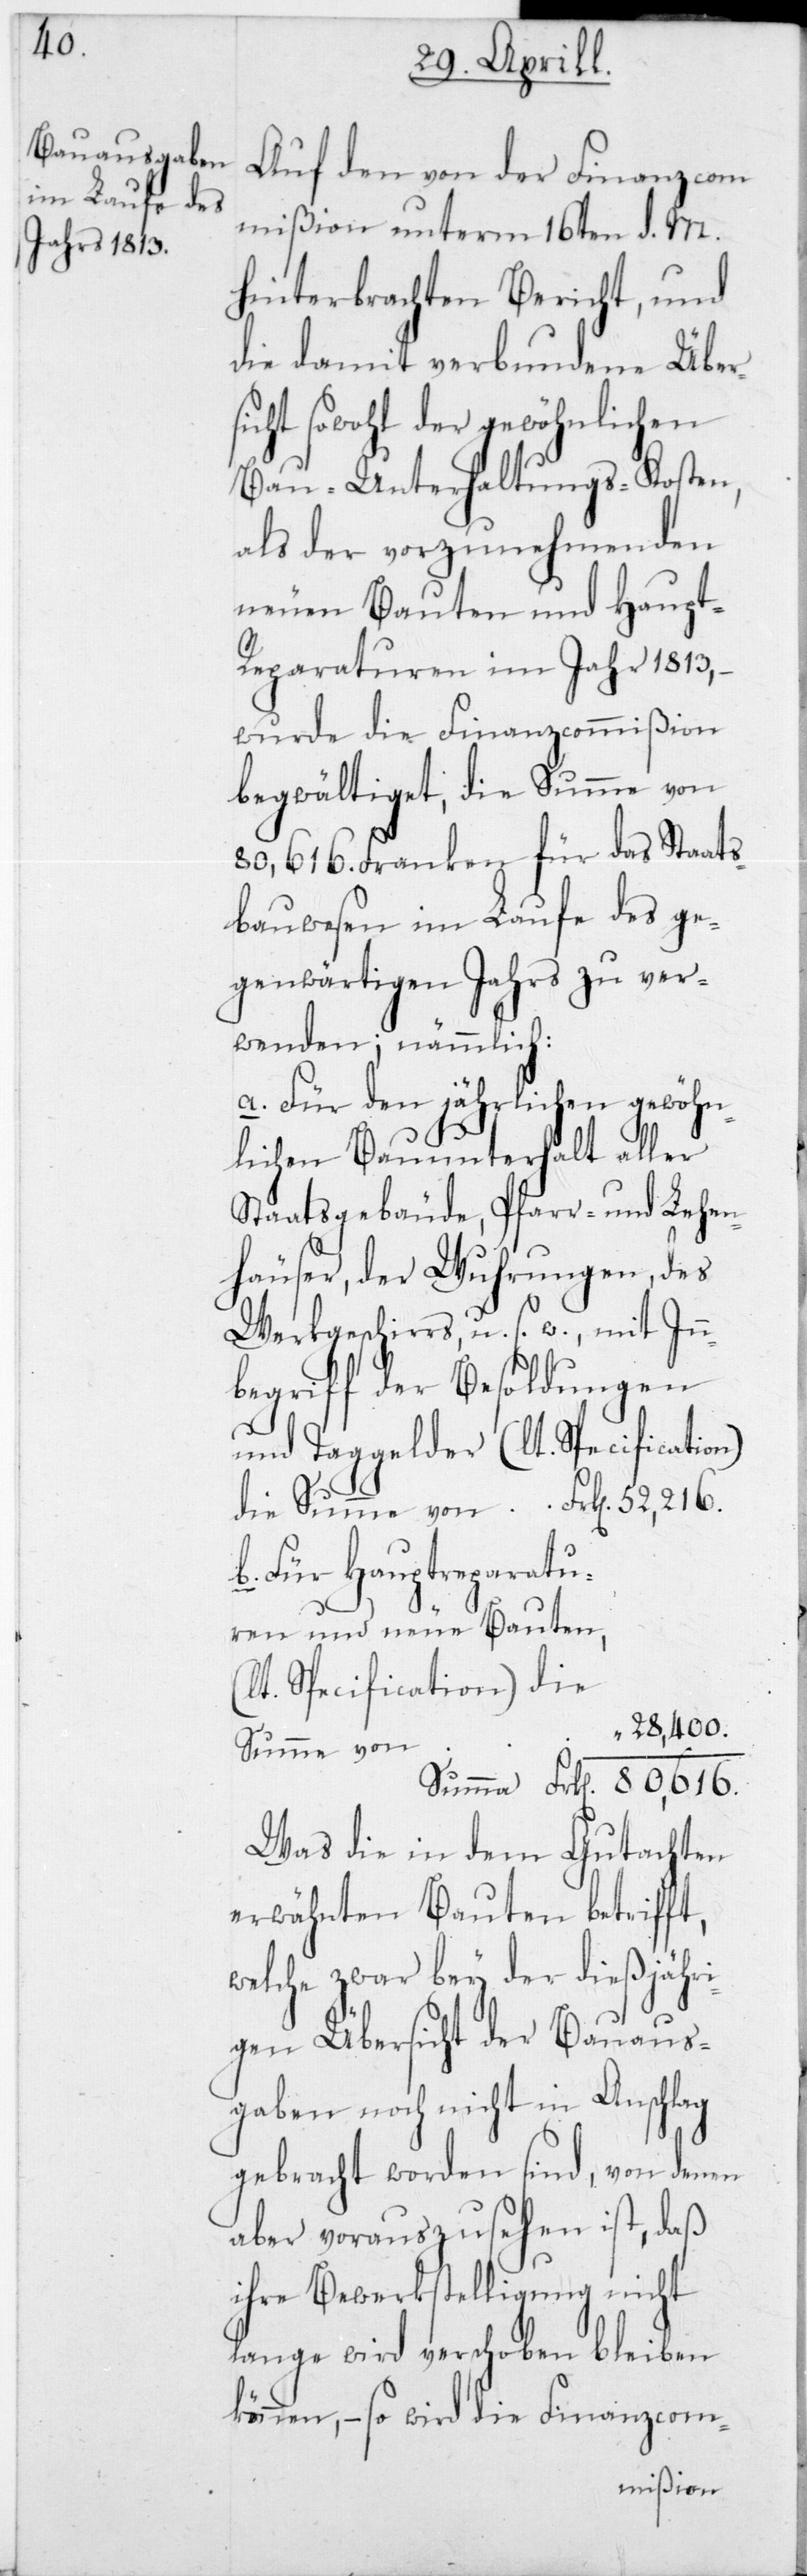
nden;

Auf den von der Finanzcom¬
mißion unterm 16ten d. M.
hinterbrachten Bericht, und
die damit verbundene Über¬
sicht sowohl der gewöhnlichen
Bau-Unterhaltungs-Kosten,
als der vorzunehmenden
neuen Bauten und Haup¬
t-Reparaturen im Jahr 1813,
wurde die Finanzcommißion
begwältiget, die Summe von
80,616 Franken für das Staats¬
bauwesen im Laufe des ge¬
genwärtigen Jahrs zu verwe¬
a. Für den jährlichen gewöhn¬
lichen Bauunterhalt aller
Staatsgebäude, Pfarr- und Lehen¬
häuser, der Wuhrungen, des
Werkgeschirrs u. s. w., mit In¬
begriff der Besoldungen
und Taggelder (lt. Specification)
b. Für Hauptreparatu¬
ren und neue Bauten
Specification) die
28,400
Summe von
Was die in dem Gutachten
erwähnten Bauten betrifft,
welche zwar bey der dießjähri¬
gen Übersicht der Bauaus¬
gaben noch nicht in Anschlag
gebracht worden sind, von denen
aber vorauszusehen ist, daß
ihre Bewerkstelligung nicht
lange wird verschoben bleiben k¬
önnen, – so wird die Finanzcom-